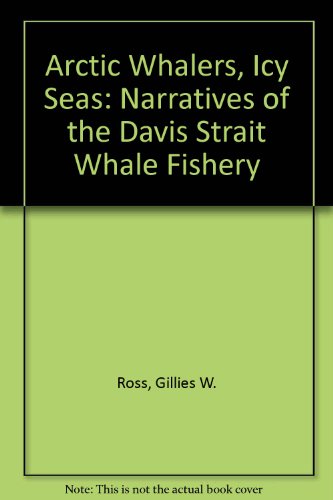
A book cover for Arctic Whalers, Icy Seas: Narratives of the Davis Strait Whale Fishery; History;